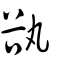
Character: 𧮭